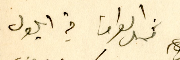
ممثل العراق في ايلول